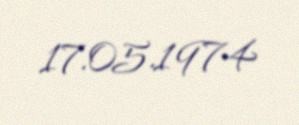
17.05.1974